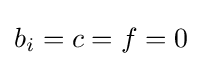
b_{i}=c=f=0